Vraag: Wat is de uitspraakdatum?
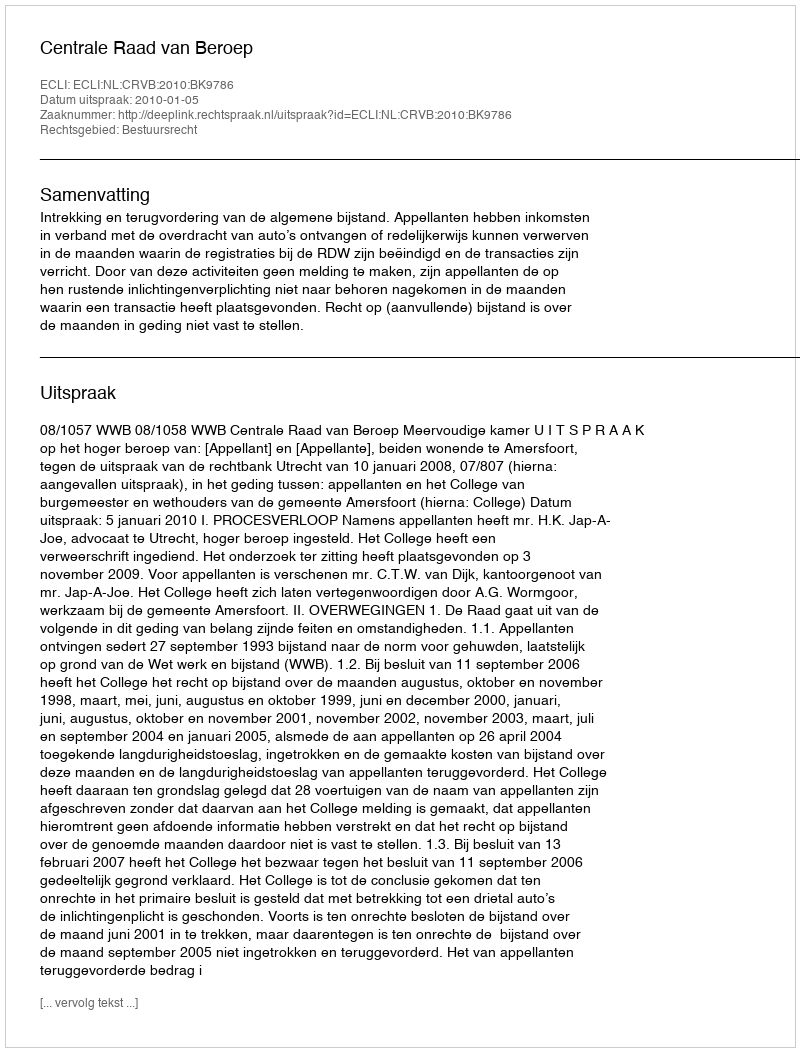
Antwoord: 2010-01-05